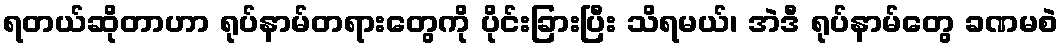
ရတယ်ဆိုတာဟာ ရုပ်နာမ်တရားတွေကို ပိုင်းခြားပြီး သိရမယ်၊ အဲဒီ ရုပ်နာမ်တွေ ခဏမစဲ